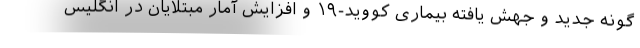
گونه جدید و جهش یافته بیماری کووید-۱۹ و افزایش آمار مبتلایان در انگلیس